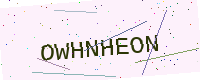
Text: OWHNHEON